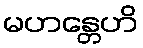
မဟန္တေဟိ